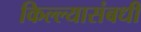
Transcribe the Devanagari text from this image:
किल्ल्यासंबधी